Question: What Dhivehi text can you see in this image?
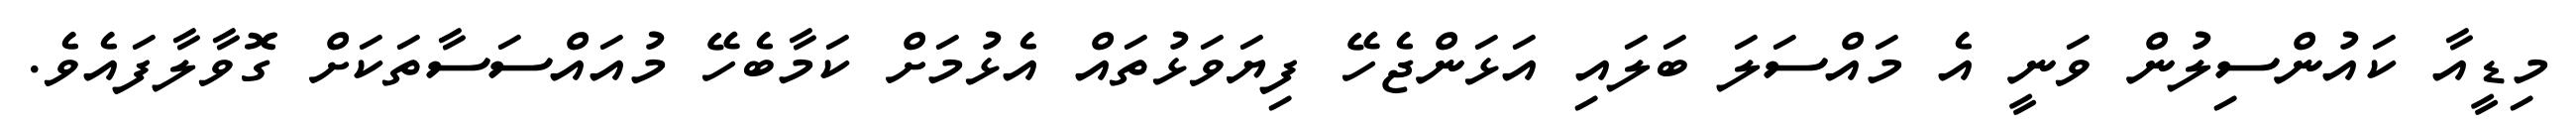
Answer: މިޑީއާ ކައުންސިލުން ވަނީ އެ މައްސަލަ ބަލައި އަޅަންޖެހޭ ފިޔަވަޅުތައް އެޅުމަށް ކަމާބެހޭ މުއައްސަސާތަކަށް ގޮވާލާފައެވެ.